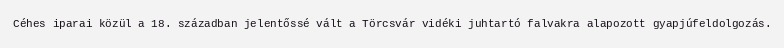
Céhes iparai közül a 18. században jelentőssé vált a Törcsvár vidéki juhtartó falvakra alapozott gyapjúfeldolgozás.